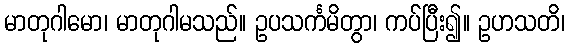
မာတုဂါမော၊ မာတုဂါမသည်။ ဥပသင်္ကမိတွာ၊ ကပ်ပြီး၍။ ဥဟသတိ၊